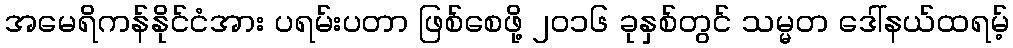
အမေရိကန်နိုင်ငံအား ပရမ်းပတာ ဖြစ်စေဖို့ ၂၀၁၆ ခုနှစ်တွင် သမ္မတ ဒေါ်နယ်ထရမ့်